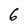
Character: 6